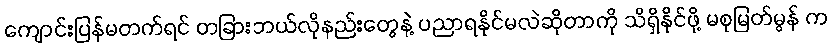
ကျောင်းပြန်မတက်ရင် တခြားဘယ်လိုနည်းတွေနဲ့ ပညာရနိုင်မလဲဆိုတာကို သိရှိနိုင်ဖို့ မစုမြတ်မွန် က